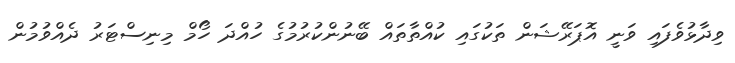
ވިދާޅުވެފައި ވަނީ އޮޕަރޭޝަން ތަކުގައި ކުއްތާތައް ބޭނުންކުރުމުގެ ހުއްދަ ހޯމް މިނިސްޓަރު ދެއްވުމުން